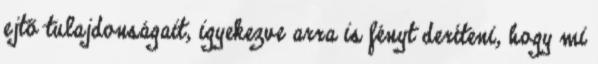
ejtő tulajdonságait, igyekezve arra is fényt deríteni, hogy mi